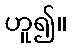
ဟူ၍။